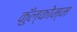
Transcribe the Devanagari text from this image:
कुँल्कोम्म